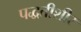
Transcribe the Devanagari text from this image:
पद्धतीशीर